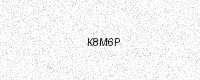
Text: K8M6P